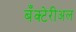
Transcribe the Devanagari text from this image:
बँक्टेरीअल